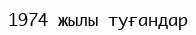
1974 жылы туғандар